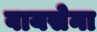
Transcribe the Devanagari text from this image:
वायसेना